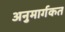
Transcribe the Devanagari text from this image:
अनुमार्गकत